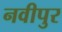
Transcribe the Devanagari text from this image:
नवीपुर